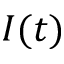
I ( t )